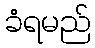
ခံရမည်